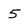
Character: 5